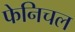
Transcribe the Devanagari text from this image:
फेनिचल